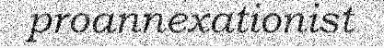
proannexationist